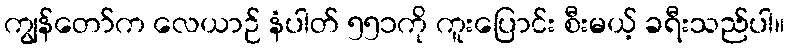
ကျွန်တော်က လေယာဉ် နံပါတ် ၅၅၁ကို ကူးပြောင်း စီးမယ့် ခရီးသည်ပါ။